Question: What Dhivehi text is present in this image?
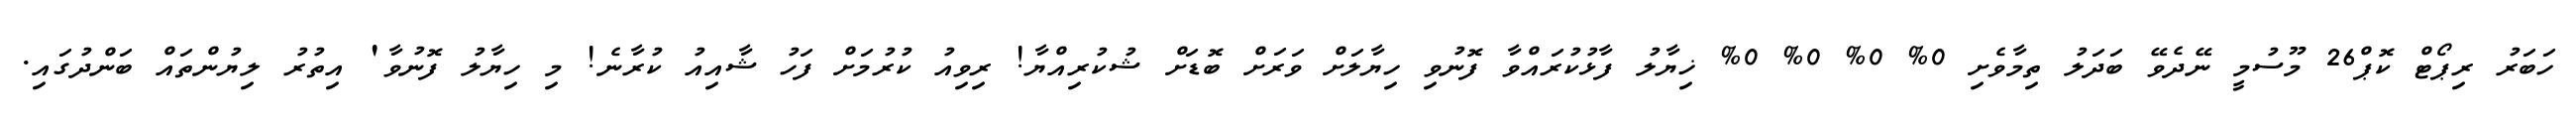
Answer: ހަބަރު ރިޕޯޓް ކޮޕް26 މޫސުމީ ނޭދެވޭ ބަދަލު ތިމާވެށި 0% 0% 0% 0% ޚިޔާލު ފާޅުކުރައްވާ ފޮނުވި ހިޔާލަށް ވަރަށް ބޮޑަށް ޝުކުރިއްޔާ! ރިވިއު ކުރުމަށް ފަހު ޝާއިއު ކުރާނެ! މި ހިޔާލު ފޮނުވާ' އިތުރު ލިޔުންތައް ބަންދުގައި.